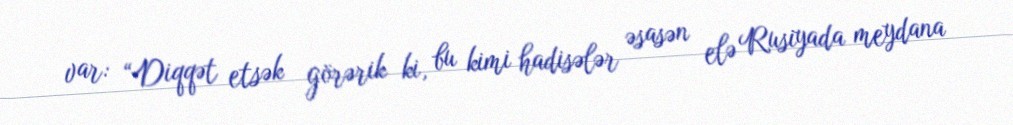
var: “Diqqət etsək görərik ki, bu kimi hadisələr əsasən elə Rusiyada meydana